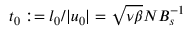
t _ { 0 } : = l _ { 0 } / | u _ { 0 } | = \sqrt { \nu \beta } N B _ { s } ^ { - 1 }